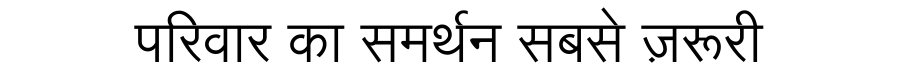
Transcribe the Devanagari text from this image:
परिवार का समर्थन सबसे ज़रूरी